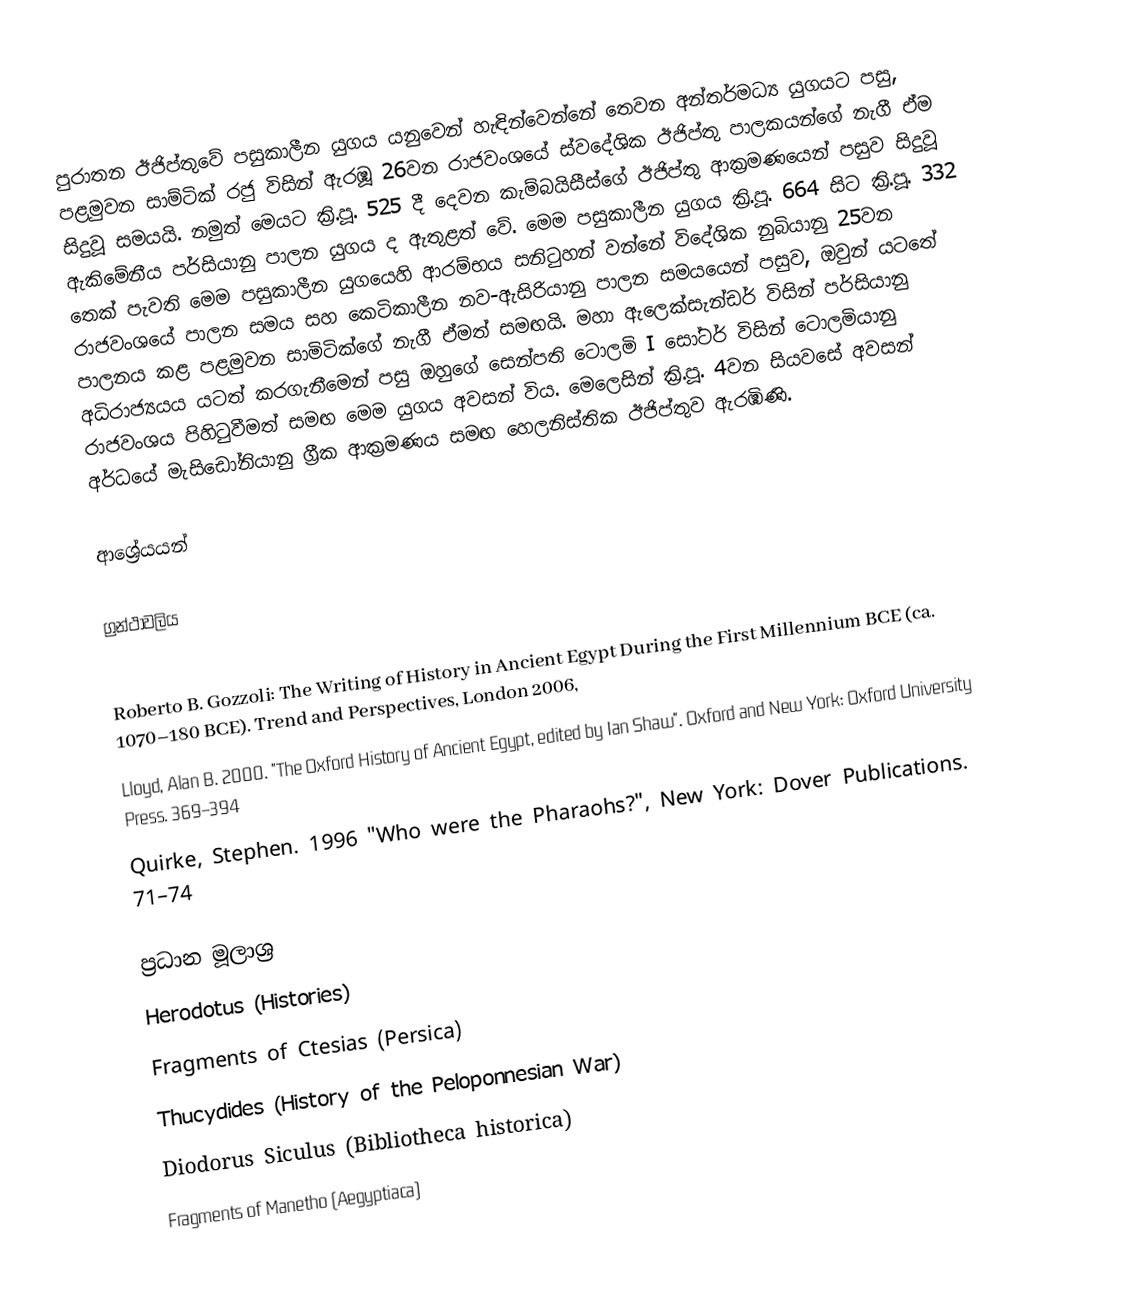
පුරාතන ඊජිප්‍තුවේ පසුකාලීන යුගය යනුවෙන් හැඳින්වෙන්නේ තෙවන අන්තර්මධ්‍ය යුගයට පසු, පළමුවන සාම්ටික් රජු විසින් ඇරඹූ 26වන රාජවංශයේ ස්වදේශික ඊජිප්තු පාලකයන්ගේ නැගී ඒම සිදුවූ සමයයි. නමුත් මෙයට ක්‍රි.පූ. 525 දී දෙවන කැම්බයිසීස්ගේ ඊජිප්තු ආක්‍රමණයෙන් පසුව සිදුවූ ඇකිමේනීය පර්සියානු පාලන යුගය ද ඇතුළත් වේ. මෙම පසුකාලීන යුගය ක්‍රි.පූ. 664 සිට ක්‍රි.පූ. 332 තෙක් පැවති මෙම පසුකාලීන යුගයෙහි ආරම්භය සනිටුහන් වන්නේ විදේශික නුබියානු 25වන රාජවංශයේ පාලන සමය සහ කෙටිකාලීන නව-ඇසිරියානු පාලන සමයයෙන් පසුව, ඔවුන් යටතේ පාලනය කළ පළමුවන සාමිටික්ගේ නැගී ඒමත් සමඟයි. මහා ඇලෙක්සැන්ඩර් විසින් පර්සියානු අධිරාජ්‍යයය යටත් කරගැනීමෙන් පසු ඔහුගේ සෙන්පති ටොලමි I සෝටර් විසින් ටොලමියානු රාජවංශය පිහිටුවීමත් සමඟ මෙම යුගය අවසන් විය. මෙලෙසින් ක්‍රි.පූ. 4වන සියවසේ අවසන් අර්ධයේ මැසිඩෝනියානු ග්‍රීක ආක්‍රමණය සමඟ හෙලනිස්තික ඊජිප්තුව ඇරඹිණි.

ආශ්‍රේයයන්

ග්‍රන්ථාවලිය

Roberto B. Gozzoli: The Writing of History in Ancient Egypt During the First Millennium BCE (ca. 1070–180 BCE). Trend and Perspectives, London 2006,
Lloyd, Alan B. 2000. "The Oxford History of Ancient Egypt, edited by Ian Shaw". Oxford and New York: Oxford University Press. 369–394
Quirke, Stephen. 1996 "Who were the Pharaohs?", New York: Dover Publications. 71–74

ප්‍රධාන මූලාශ්‍ර
 Herodotus (Histories)
 Fragments of Ctesias (Persica)
 Thucydides (History of the Peloponnesian War)
 Diodorus Siculus (Bibliotheca historica)
 Fragments of Manetho (Aegyptiaca)